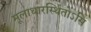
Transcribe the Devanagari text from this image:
मूलाधारस्थितोऽसि